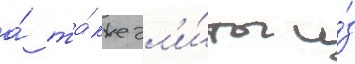
а́ та́кже эл'и́ты и́з